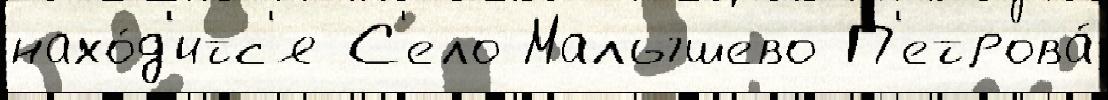
нахо́д'итс'я С'ело Малышево П'етрова́